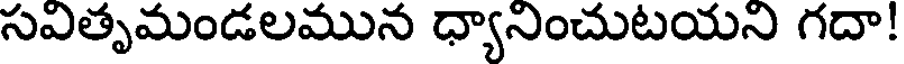
సవితృమండలమున ధ్యానించుటయని గదా!